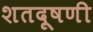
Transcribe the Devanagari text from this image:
शतदूषणी